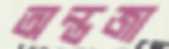
অন্তজা